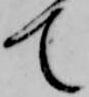
て